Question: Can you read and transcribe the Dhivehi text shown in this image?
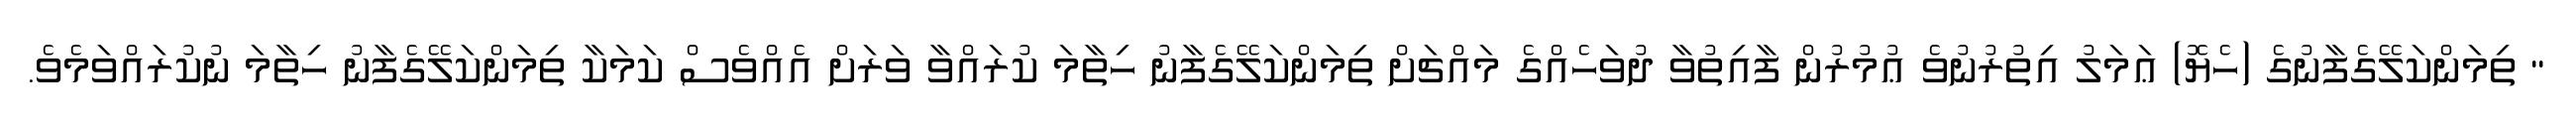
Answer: " ތިމަންކަލޭގެފާނުގެ (ހެޔޮ) ޢަމަލު އިތުރުނުވެ ޢުމުރުން ފާއިތުވާ ދުވަހެއްގެ މައްޗަށް ތިމަންކަލޭގެފާނު ހިތާމަ ކުރައްވާ ވަރަށް އެއްވެސް ކަމަކާ ތިމަންކަލޭގެފާނު ހިތާމަ ނުކުރައްވަމެވެ.